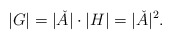
\begin{align*}|G|=|\check{A}|\cdot |H|=|\check{A}|^2.\end{align*}